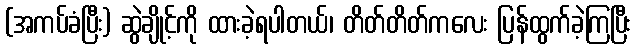
(အကပ်ခံပြီး) ဆွဲချိုင့်ကို ထားခဲ့ရပါတယ်၊ တိတ်တိတ်ကလေး ပြန်ထွက်ခဲ့ကြပြီး